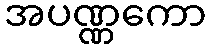
အပဏ္ဏကော